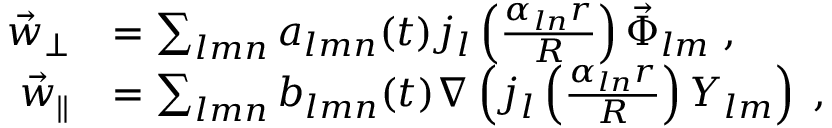
\begin{array} { r l } { \vec { w } _ { \perp } } & { = \sum _ { l m n } a _ { l m n } ( t ) j _ { l } \left( \frac { \alpha _ { l n } r } { R } \right) \vec { \Phi } _ { l m } \; , } \\ { \vec { w } _ { \parallel } } & { = \sum _ { l m n } { b } _ { l m n } ( t ) \nabla \left( j _ { l } \left( \frac { \alpha _ { l n } r } { R } \right) Y _ { l m } \right) \; , } \end{array}